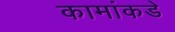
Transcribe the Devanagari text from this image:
कामांकडे